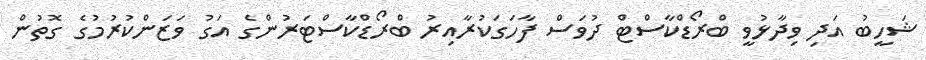
ޝަހީބު އަދި ވިދާޅުވީ ބްރޯޑްކާސްޓް ދުވަސް ފާހަގަކުރާއިރު ބްރޯޑްކާސްޓަރުންގެ އަގު ވަޒަންކުރުމުގެ ގޮތުން